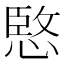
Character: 𫺮